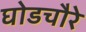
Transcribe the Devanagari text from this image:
घोडचौरे